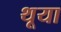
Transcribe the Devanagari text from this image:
थूया